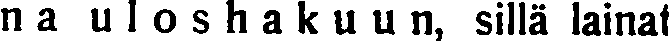
na uloshakuun, sillä lainat